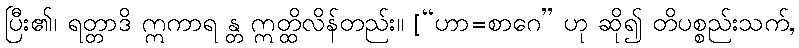
ပြီး၏၊ ရတ္တာဒိ ဣကာရ န္တ ဣတ္ထိလိန်တည်း။ [“ဟာ=စာဂေ” ဟု ဆို၍ တိပစ္စည်းသက်,